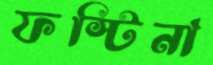
ফস্টিনা